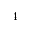
_ 4